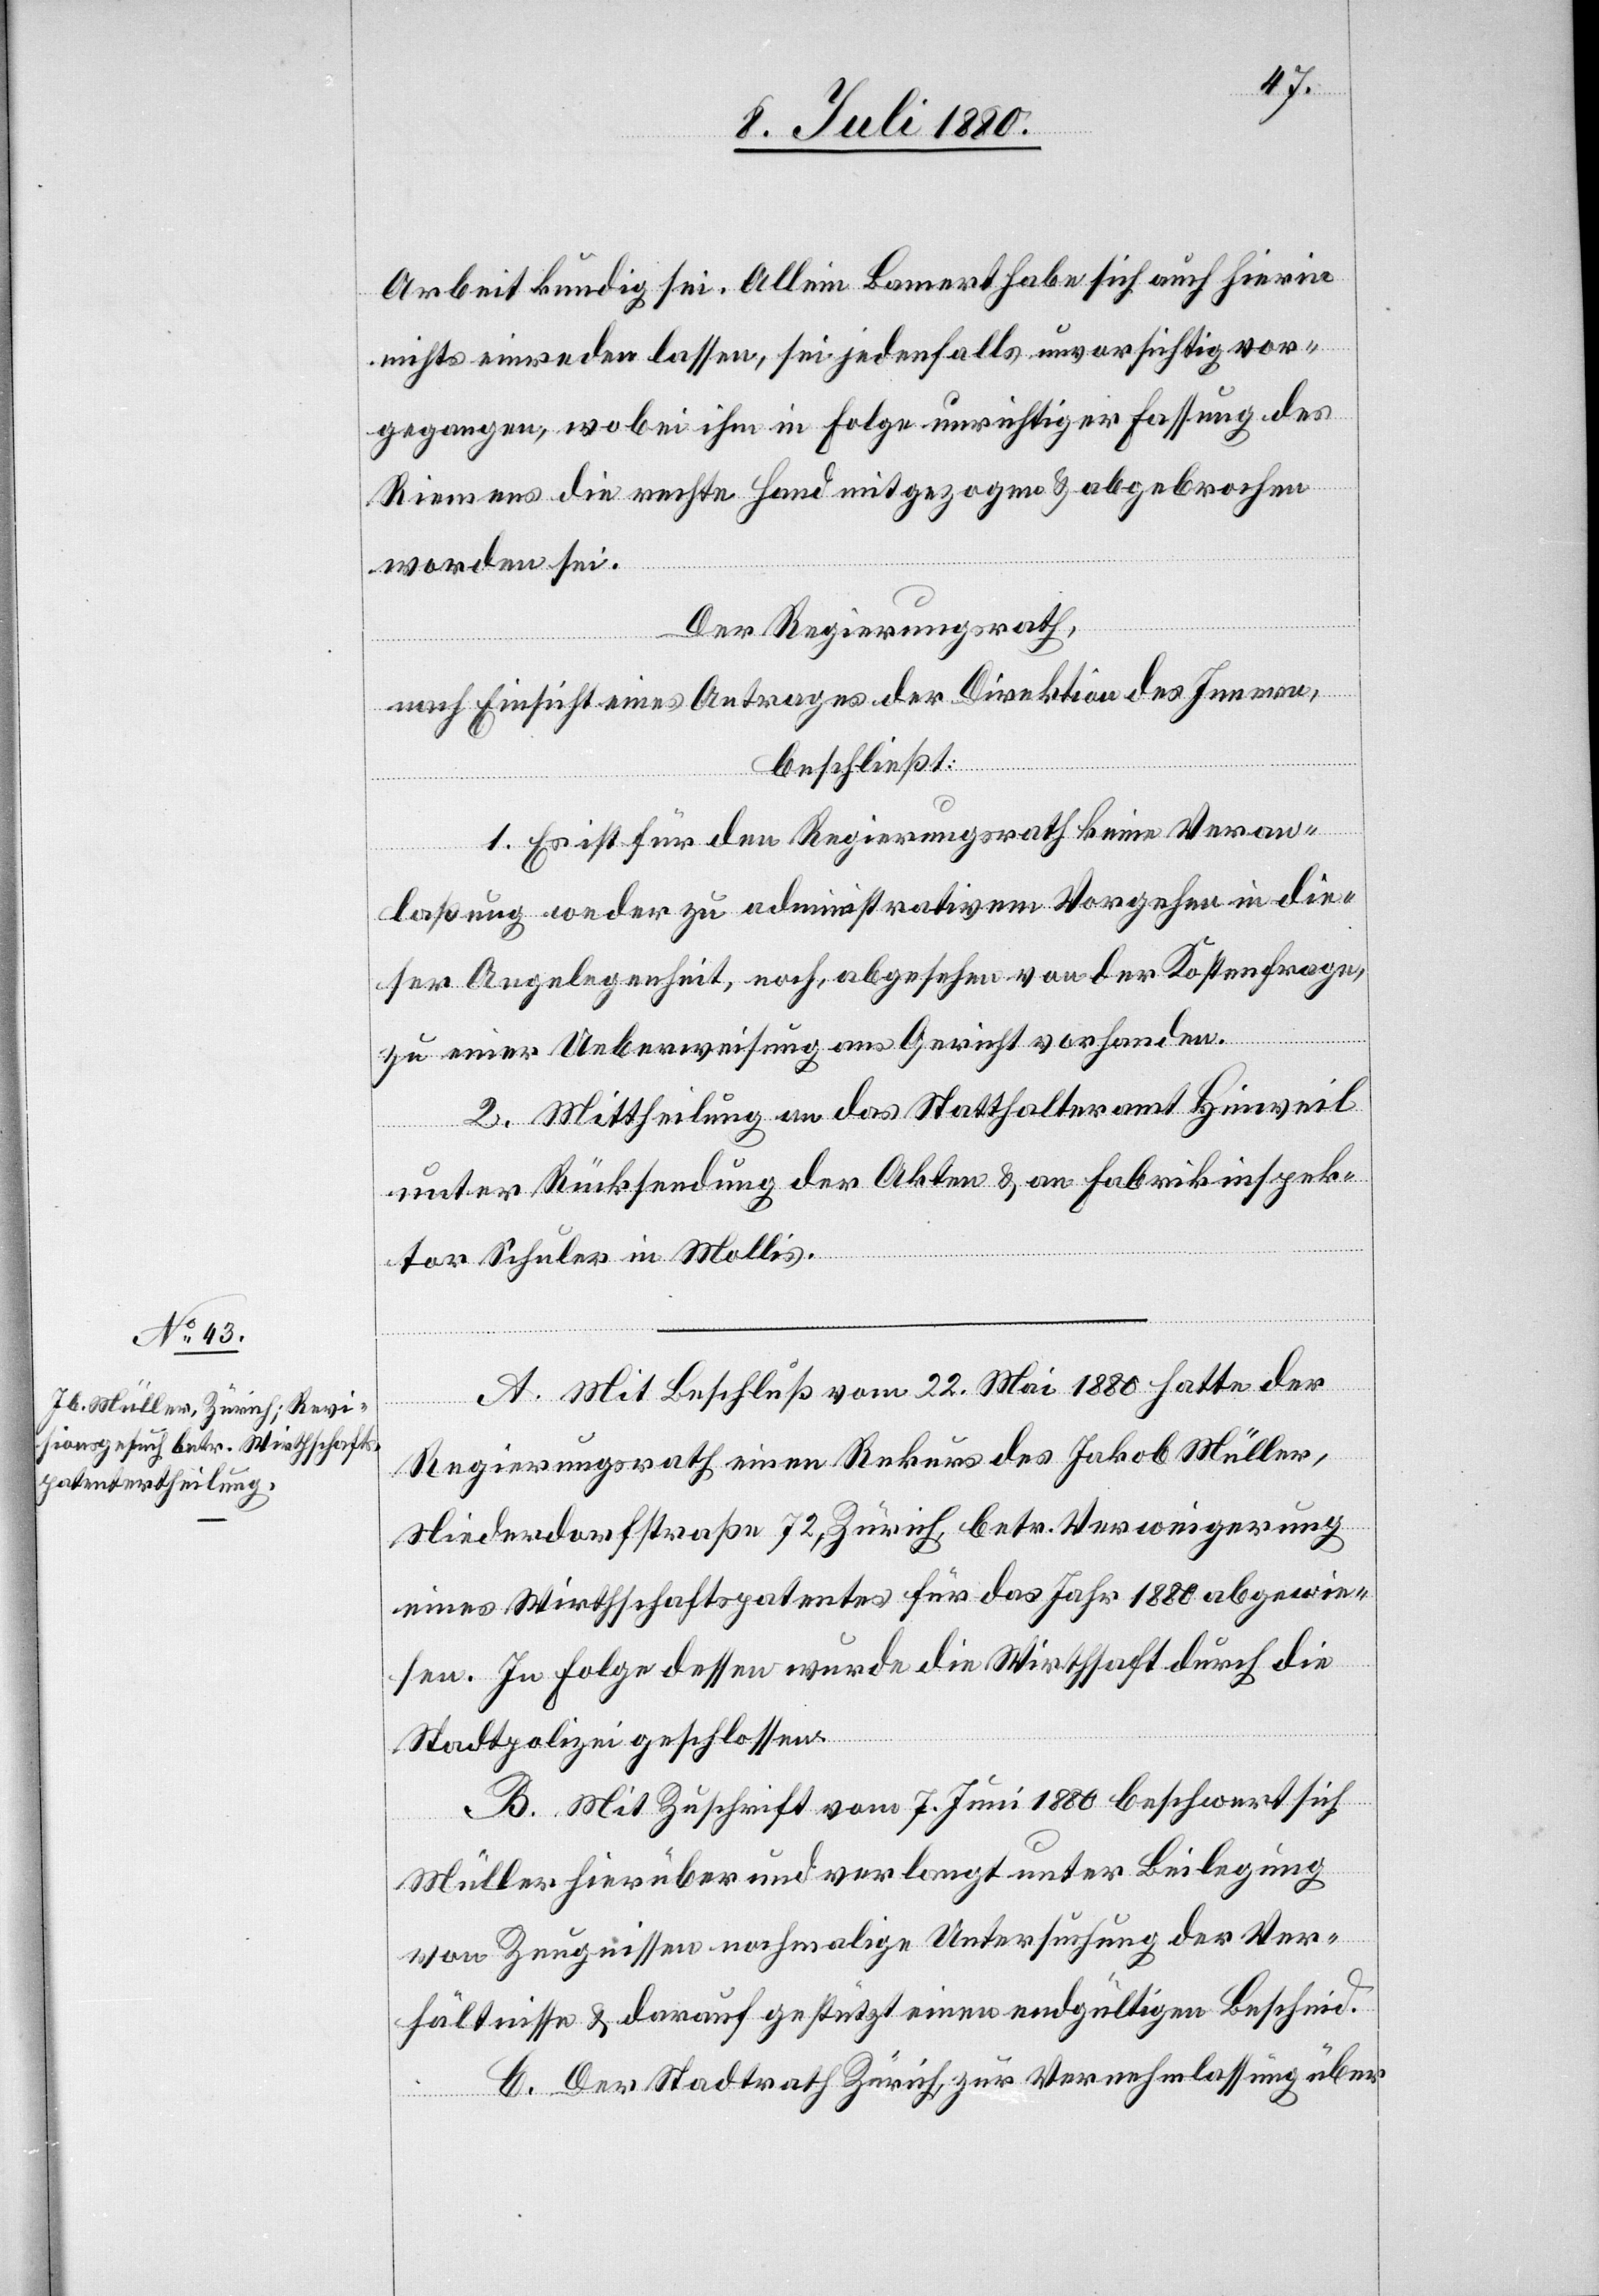
Arbeit kundig sei. Allein Bamert habe sich auch hierin
nichts einreden lassen, sei jedenfalls unvorsichtig vor¬
gegangen, wobei ihm in Folge unrichtiger Fassung des
Riemens die rechte Hand mitgezogen & abgebrochen
worden sei.
Der Regierungsrath,
nach Einsicht eines Antrages der Direktion des Innern,
beschließt:
1. Es ist für den Regierungsrath keine Veran¬
laßung weder zu administrativem Vorgehen in die¬
ser Angelegenheit, noch, abgesehen von der Kostenfrage,
zu einer Ueberweisung ans Gericht vorhanden.
2. Mittheilung an das Statthalteramt Hinweil
unter Rücksendung der Akten & an Fabrikinspek¬
tor Schuler in Mollis.
A. Mit Beschluß vom 22. Mai 1880 hatte der
Regierungsrath einen Rekurs des Jakob Müller,
Niederdorfstraße 72, Zürich, betr. Verweigerung
eines Wirthschaftspatentes für das Jahr 1880 abgewie¬
sen. In Folge dessen wurde die Wirths[ch]aft durch die
Stadtpolizei geschlossen.
B. Mit Zuschrift vom 7. Juni 1880 beschwert sich
Müller hierüber und verlangt unter Beilegung
von Zeugnissen nochmalige Untersuchung der Ver¬
hältnisse & darauf gestützt einen endgültigen Bescheid.
C. Der Stadtrath Zürich, zur Vernehmlassung über